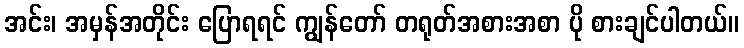
အင်း၊ အမှန်အတိုင်း ပြောရရင် ကျွန်တော် တရုတ်အစားအစာ ပို စားချင်ပါတယ်။